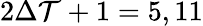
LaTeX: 2\Delta\mathcal{T}+1=5,11